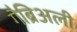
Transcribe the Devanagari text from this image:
गैब्रिअली